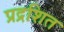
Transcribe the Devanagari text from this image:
प्रद्रशित